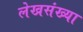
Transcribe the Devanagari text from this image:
लेखसंख्या